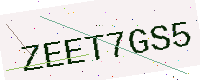
Text: ZEET7GS5